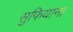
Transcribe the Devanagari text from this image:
सुफियाना